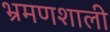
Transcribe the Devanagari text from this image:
भ्रमणशाली